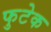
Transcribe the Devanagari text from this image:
फुटेक